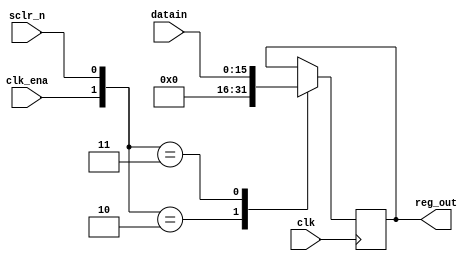
`timescale 1ns / 1ps

module Register(
input clk , sclr_n , clk_ena ,
input [15:0] datain ,
output reg [15:0] reg_out
    );
  
always @(posedge clk) 
  begin
  case({clk_ena , sclr_n})
  2'b10 : reg_out <= 16'b0 ;
  2'b11 : reg_out <= datain ;
  default :  reg_out <= reg_out ;
  endcase
  
    end
    
 endmodule